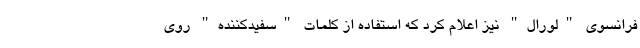
فرانسوی "لورال" نیز اعلام کرد که استفاده از کلمات "سفیدکننده" روی